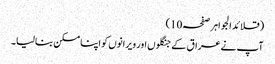
(قلائد الجواہر صفحہ10)
آپ نےعراق کے جنگلوں اور ویرانوں کو اپنا مسکن بنالیا۔